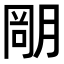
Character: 𣎁